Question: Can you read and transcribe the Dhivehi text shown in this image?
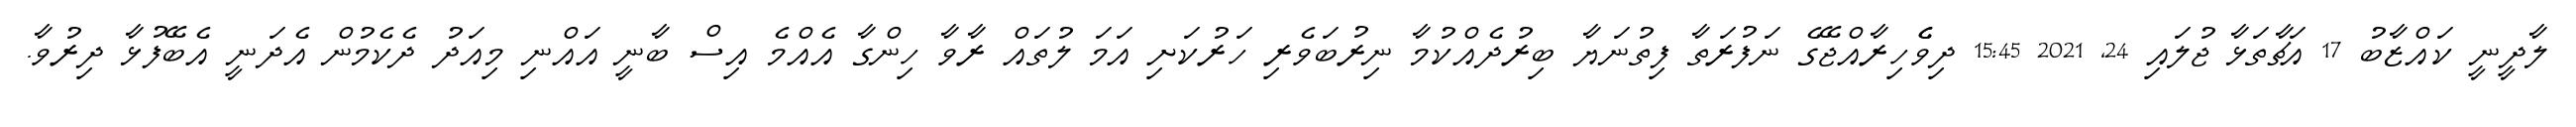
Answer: ލާދީނީ ކައްޒާބު 17 އަޗާތަޅާ ޖުލައި 24, 2021 15:45 ދިވެެހިރާއްޖޭގެ ނަފުރަތާ ފިތުނަޔާ ބިރުދެއްކުމާ ނިރުބަވެރި ހަރުކަށި އަމަ ލުތައް ރާވާ ހިންގާ އެއްމެ އިސް ބާނީ އައްނި މިއަދު ދެކެމުން އެދަނީ އެބޭފުޅާ ދިރުވާ.